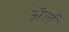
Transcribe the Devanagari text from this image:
अॅर्ल